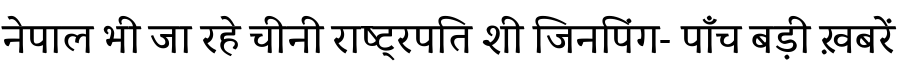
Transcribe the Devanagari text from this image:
नेपाल भी जा रहे चीनी राष्ट्रपति शी जिनपिंग- पाँच बड़ी ख़बरें